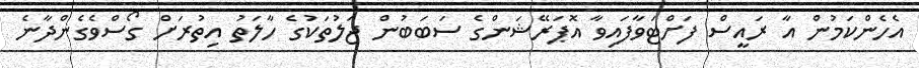
އެހެންކަމުން އާ ރައީސް ފަށްޓަވާފައިވާ އޮޕަރޭޝަންގެ ސަބަބުން ޖަލުތަކުގެ ހާލަތު އިތުރަށް ގޯސްވެގެންދާނެ